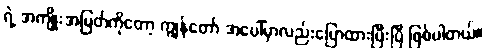
ရဲ့ အကျိုးအမြတ်ကိုတော့ ကျွန်တော် အပေါ်မှာလည်းပြောထားပြီးပြီ ဖြစ်ပါတယ်။